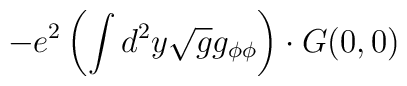
-e^2 \left(\int d^2y \sqrt{g}g_{\phi\phi}\right) \cdot G(0,0)